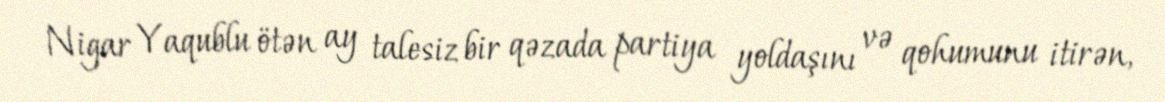
Nigar Yaqublu ötən ay talesiz bir qəzada partiya yoldaşını və qohumunu itirən,